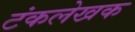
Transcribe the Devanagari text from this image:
टंकलेखक